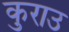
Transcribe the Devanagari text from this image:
कुराउ